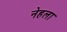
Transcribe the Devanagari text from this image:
नेहला